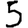
Digit: 5